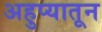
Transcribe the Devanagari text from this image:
अहुप्यातून